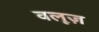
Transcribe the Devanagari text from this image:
वलूज़